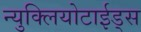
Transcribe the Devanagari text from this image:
न्युक्लियोटाईड्स